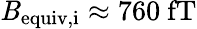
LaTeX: \mathit{B}_{\mathrm{{equiv,i}}}\approx760~\mathrm{{fT}}